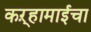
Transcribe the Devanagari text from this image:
कऱ्हामाईचा